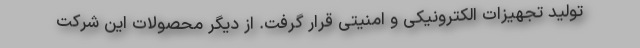
تولید تجهیزات الکترونیکی و امنیتی قرار گرفت. از دیگر محصولات این شرکت